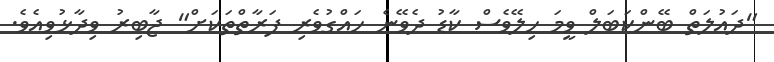
"ދައުލަތް ބޭންކަބަލް ވީމަ ހިލޭވެސް ކާޑު ދެވޭނެ ހައްގުވެރި ފަރާތްތަކަށް" ޖާބިރު ވިދާޅުވިއެވެ.